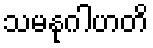
သမနုဂါဟတိ